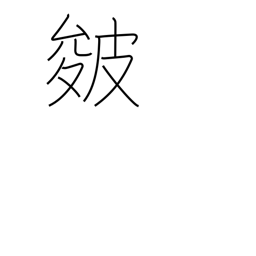
Meaning: creases